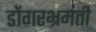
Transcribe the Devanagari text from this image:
डोंगरभ्रमंती